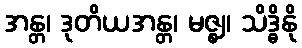
အန္တ၊ ဒုတိယအန္တ၊ မဇ္ဈ၊ သိဒ္ဓိနို